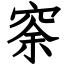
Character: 𥥸